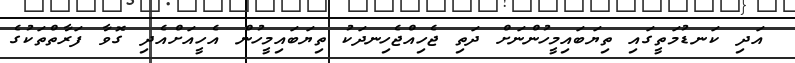
އަދި ކަނޑުމަތީގައި ތިޔަބައިމީހުންނަށް ދަތި ޖެހިއްޖެހިނދަކު ތިޔަބައިމީހުން އެހީއަށްއެދި ގޮވާ ފަރާތްތަކުގެ